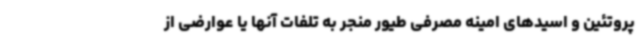
پروتئین و اسیدهای امینه مصرفی طیور منجر به تلفات آنها یا عوارضی از